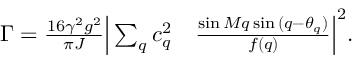
\begin{array} { r l } { \Gamma = \frac { 1 6 \gamma ^ { 2 } g ^ { 2 } } { \pi J } \Big | \sum _ { q } c _ { q } ^ { 2 } } & { { } \frac { \sin { M q } \sin { ( q - \theta _ { q } ) } } { f ( q ) } \Big | ^ { 2 } . } \end{array}